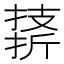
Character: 𪮣